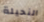
النحيلة